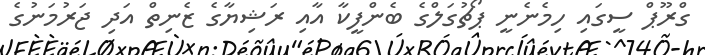
ގްރޫޕް ސީގައި ހިމެނެނީ ޕޯޗުގަލްގެ ބެންފީކާ އާއި ރަޝިޔާގެ ޒެނިތް އަދި ޖަރުމަނުގެ